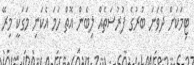
ޓިމަކަށް ދެވަނަ ބުރުގެ ފުރުސަތެއް ލިބެން އޮތް ހަމަ އެކަނި މަގަކީ މިރޭ